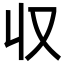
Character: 収